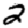
Digit: 2